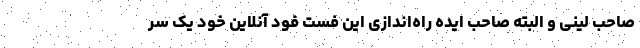
صاحب لینی و البته صاحب ایده راه‌اندازی این فست فود آنلاین خود یک سر